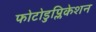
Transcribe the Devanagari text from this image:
फोटोडुप्लिकेशन